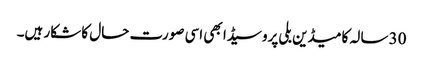
30 سالہ کامیڈین بلی پروسیڈا بھی اسی صورت حال کا شکار ہیں۔